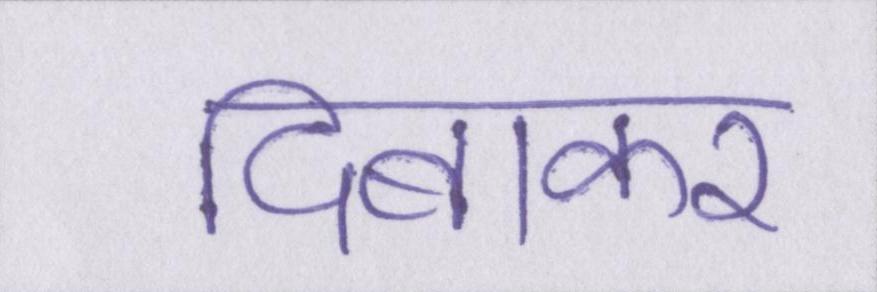
दिबाकर